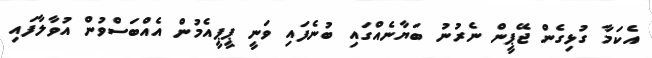
އެކަމާ ގުޅިގެން ޖޭޕީން ނެރުނު ބަޔާނެއްގައި ބުނެފައި ވަނީ ޕީޕީއެމުން އެއްބަސްވުން އުވާލާފައި